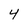
Character: 4